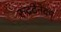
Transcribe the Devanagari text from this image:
रुद्रटेनेदम्